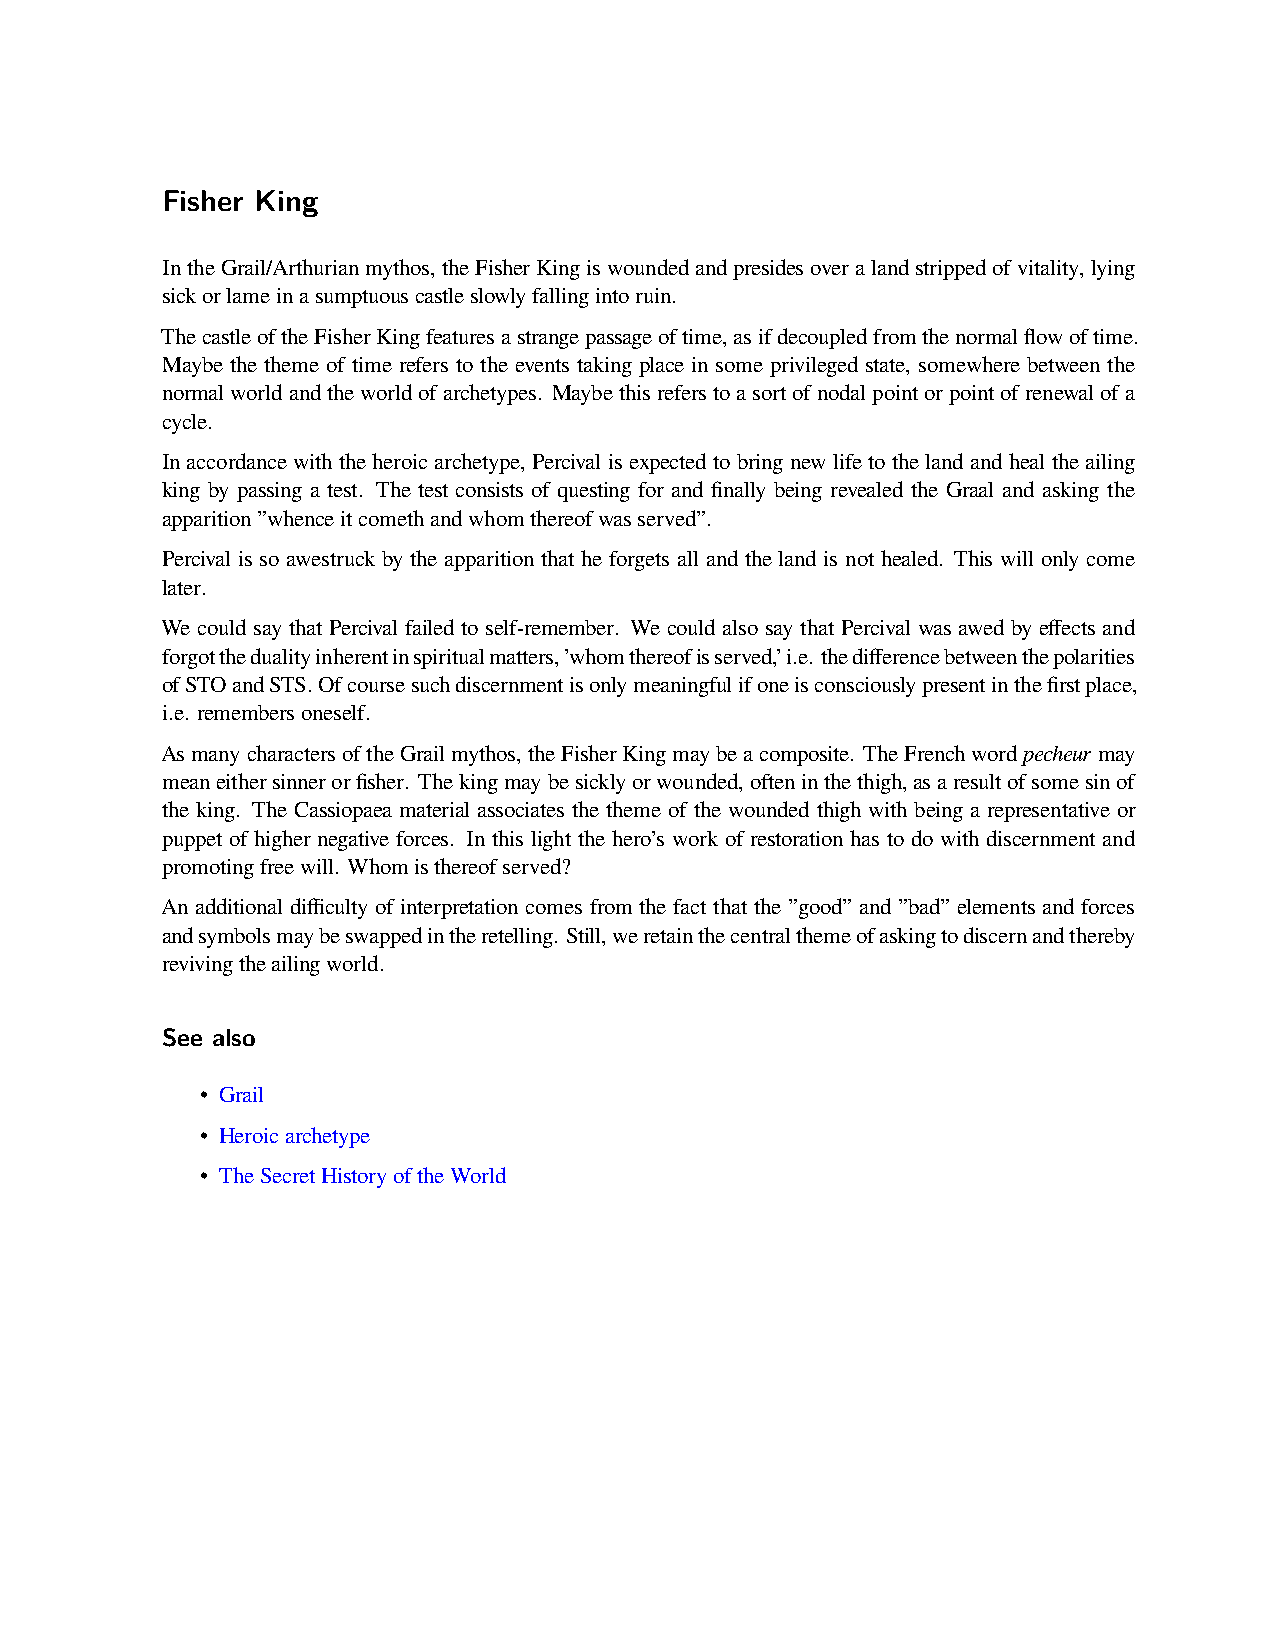
Fisher King
 IntheGrail/Arthurianmythos,theFisherKingiswoundedandpresidesoveralandstrippedofvitality,lying
 sickorlameinasumptuouscastleslowlyfallingintoruin.
 ThecastleoftheFisherKingfeaturesastrangepassageoftime,asifdecoupledfromthenormalflowoftime.
 Maybe the theme of time refers to the events taking place in some privileged state, somewhere between the
 normalworldandtheworldofarchetypes. Maybethisreferstoasortofnodalpointorpointofrenewalofa
 cycle.
 Inaccordancewiththeheroicarchetype, Percivalisexpectedtobringnewlifetothelandandhealtheailing
 king by passing a test. The test consists of questing for and finally being revealed the Graal and asking the
 apparition”whenceitcomethandwhomthereofwasserved”.
 Percival is so awestruck by the apparition that he forgets all and the land is not healed. This will only come
 later.
 We could say that Percival failed to self-remember. We could also say that Percival was awed by effects and
 forgotthedualityinherentinspiritualmatters,’whomthereofisserved,’i.e. thedifferencebetweenthepolarities
 ofSTOandSTS.Ofcoursesuchdiscernmentisonlymeaningfulifoneisconsciouslypresentinthefirstplace,
 i.e. remembersoneself.
 AsmanycharactersoftheGrailmythos,theFisherKingmaybeacomposite. TheFrenchwordpecheur may
 meaneithersinnerorfisher. Thekingmaybesicklyorwounded,ofteninthethigh,asaresultofsomesinof
 the king. The Cassiopaea material associates the theme of the wounded thigh with being a representative or
 puppet of higher negative forces. In this light the hero’s work of restoration has to do with discernment and
 promotingfreewill. Whomisthereofserved?
 An additional difficulty of interpretation comes from the fact that the ”good” and ”bad” elements and forces
 andsymbolsmaybeswappedintheretelling. Still,weretainthecentralthemeofaskingtodiscernandthereby
 revivingtheailingworld.
 See also
 • Grail
 • Heroicarchetype
 • TheSecretHistoryoftheWorld